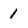
Character: 1